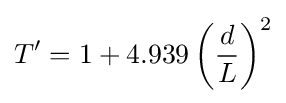
T'=1+4.939\left({\frac {d}{L}}\right)^{2}